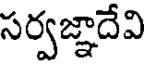
సర్వజ్ఞాదేవి